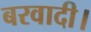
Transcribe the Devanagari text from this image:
बरवादी।